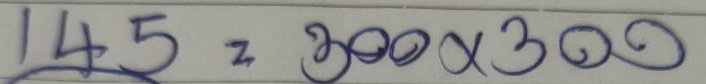
145 = 300x300